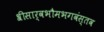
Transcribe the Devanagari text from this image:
श्रीसार्वभौमभगवंस्तव